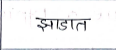
मजकूर: झाडात